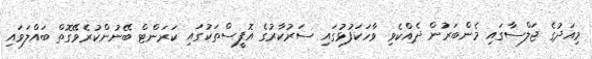
މިއަދުގެ ޖަލްސާގައި މެންބަރުން ދެއްކެވި ވާހަކަފުޅުގައި ސަރުކާރުގެ އޮފީސްތަކުގައި ކަރަންޓް ބޭނުންކުރެވޭގޮތް ބައްލަވައި